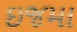
ઇજમા